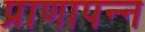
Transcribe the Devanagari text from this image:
प्राणापन्न